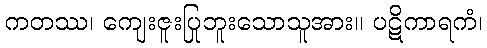
ကတဿ၊ ကျေးဇူးပြုဘူးသောသူအား။ ပဋိကာရကံ၊